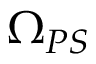
\Omega _ { P S }